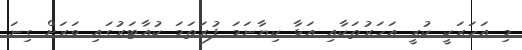
މި އަހަރަކީ ކުރީ އަހަރުތަކާއި އަޅާ ކިޔާނަމަ ފުރަތަމަ ކުއާޓަރުގައި ވަރަށް ގިނަ